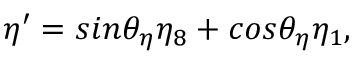
\eta ^ { \prime } = s i n \theta _ { \eta } \eta _ { 8 } + c o s \theta _ { \eta } \eta _ { 1 } ,